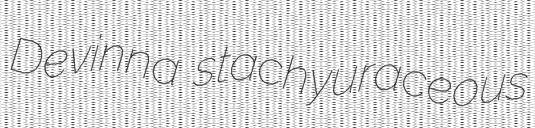
Devinna stachyuraceous